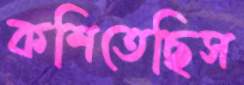
কশিতেছিস